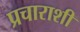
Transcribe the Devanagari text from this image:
प्रचाराशी